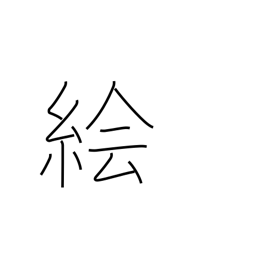
Meaning: sketch